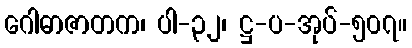
ဂေါဓာဇာတက၊ ပါ-၃၂၊ ဋ္ဌ-ပ-အုပ်-၅၀၇။